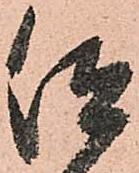
仰